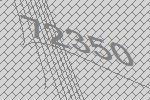
72350